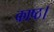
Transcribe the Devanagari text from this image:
काष्ठ।